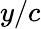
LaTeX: y/c